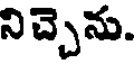
నిచ్చెను.